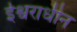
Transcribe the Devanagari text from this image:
ईश्वराधीन